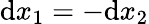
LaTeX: \mathrm{d}x_{1}=-\mathrm{d}x_{2}